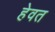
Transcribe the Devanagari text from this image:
हेवत